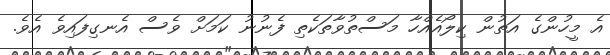
އެ މީހުންގެ އަތުން ކިލޯއެެއްހާ މަސްތުވާތަކެތި ފެނުނު ކަމަށް ވެސް އެނގިފައިވެ އެވެ.